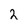
Character: 2